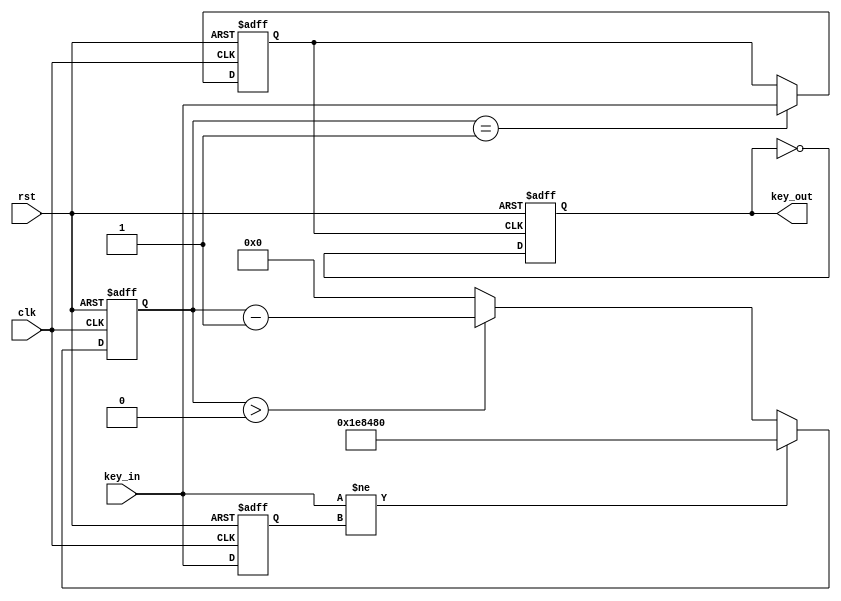
`timescale 1ns / 1ps
//////////////////////////////////////////////////////////////////////////////////
// Company: 
// Engineer: 
// 
// Design Name: 
// Module Name: edgedetect
// Project Name: 
// Target Devices: 
// Tool Versions: 
// Description: 
// 
// Dependencies: 
// 
// Revision:
// Revision 0.01 - File Created
// Additional Comments:
// 
//////////////////////////////////////////////////////////////////////////////////
//module edgedetect(
//input clk,   //
//input rst,  
//input key_in,  //
//output wire key_out  //
//    );
// reg key_value;
// reg key_p_flag;
// reg key_reg;
// reg [20:0]delay_cnt;
// parameter DELAY_TIME=21'd1500000; //1/100M  s

////key_reg:
//always@(posedge clk or negedge rst)
//if(!rst)
//    key_reg<=1'b0;
//else
//    key_reg<=key_in;

////delay_cnt:
//always@(posedge clk or negedge rst)
//    if(!rst)
//        delay_cnt<=21'b0;
//    else if(key_in!=key_reg)
//        delay_cnt<=DELAY_TIME;
//    else if(delay_cnt>0)
//        delay_cnt<=delay_cnt-1'b1;
//    else
//        delay_cnt<=21'd0;
        
////key_value
//always@(posedge clk or negedge rst)
//    if(!rst)
//        key_value<=1'b0;
//    else if(delay_cnt==1'b1)
//        key_value<=key_in;
//    else
//        key_value<=key_value;

////key_p_flag:
//always@(posedge clk or negedge rst)
//    if(!rst)
//        key_p_flag<=1'b0;
//    else if(delay_cnt==1'b1&&key_in==1)
//        key_p_flag<=1'b1;
//    else
//        key_p_flag<=1'b0;

//assign key_out=key_p_flag;
//endmodule
//module edgedetect (clk,rst,key_in,key_out);
 
//        parameter       N  =  1;                      //
 
//	input             clk;
//        input             rst;
//        input 	[N-1:0]   key_in;                        //					
//	output  [N-1:0]   key_out;                  //	
 
//        reg     [N-1:0]   key_rst_pre;                //
//        reg     [N-1:0]   key_rst;                    //
 
//        wire    [N-1:0]   key_edge;                   //
 
//        //
//        always @(posedge clk  or  negedge rst)
//          begin
//             if (!rst) begin
//                 key_rst <= {N{1'b1}};                //key_rst1{}N1
//                 key_rst_pre <= {N{1'b1}};
//             end
//             else begin
//                 key_rst <= key_in;                     //keykey_rst,key_rstkey_rst_pre
//                 key_rst_pre <= key_rst;             //key_rstkeykey_rst_prekey
//             end    
//           end
 
//        assign  key_edge = key_rst_pre & (~key_rst);//keykey_edge
 
//        reg	[17:0]	  cnt;                       //12MHz20ms18     
 
//        //20mskey_edge
//        always @(posedge clk or negedge rst)
//           begin
//             if(!rst)
//                cnt <= 18'h0;
//             else if(key_edge)
//                cnt <= 18'h0;
//             else
//                cnt <= cnt + 1'h1;
//             end  
 
//        reg     [N-1:0]   key_sec_pre;                //
//        reg     [N-1:0]   key_sec;                    
 
 
//        //key
//        always @(posedge clk  or  negedge rst)
//          begin
//             if (!rst) 
//                 key_sec <= {N{1'b1}};                
//             else if (cnt==18'h3ffff)
//                 key_sec <= key_in;  
//          end
//       always @(posedge clk  or  negedge rst)
//          begin
//             if (!rst)
//                 key_sec_pre <= {N{1'b1}};
//             else                   
//                 key_sec_pre <= key_sec;             
//         end      
//       assign  key_out = key_sec_pre & (~key_sec);     
 
//endmodule
module edgedetect(
    input clk,
    input key_in,
    input rst,
    output reg key_out
    );
    parameter DELAY_TIME=2000000;
    reg [20:0]delay_cnt;
    reg key_reg;
    reg key_store;
    initial begin key_out<=1'b0; end
    always@(posedge clk or negedge rst)
    if(!rst) key_reg<=1'b0;
    else key_reg<=key_in;
    always@(posedge clk or negedge rst)
    if(!rst)delay_cnt<=21'b0;
    else if(key_in!=key_reg)delay_cnt<=DELAY_TIME;
    else if(delay_cnt>0)delay_cnt<=delay_cnt-1'b1;
    else delay_cnt<=21'b0;
    always@(posedge clk or negedge rst)
    if(!rst)key_store<=1'b0;
    else if(delay_cnt==1'b1)key_store<=key_in;
    else key_store<=key_store;
    always@(posedge key_store or negedge rst)
    begin
        if(!rst)
        key_out<=1'b0;
        else
        key_out<=~key_out;
    end
endmodule